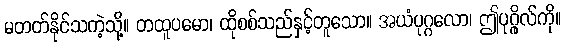
မတတ်နိုင်သကဲ့သို့။ တထူပမော၊ ထိုစစ်သည်နှင့်တူသော။ အယံပုဂ္ဂလော၊ ဤပုဂ္ဂိုလ်ကို။